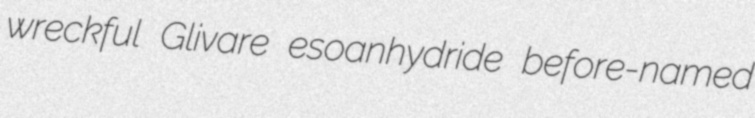
wreckful Glivare esoanhydride before-named